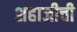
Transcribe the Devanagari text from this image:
शहाजीची